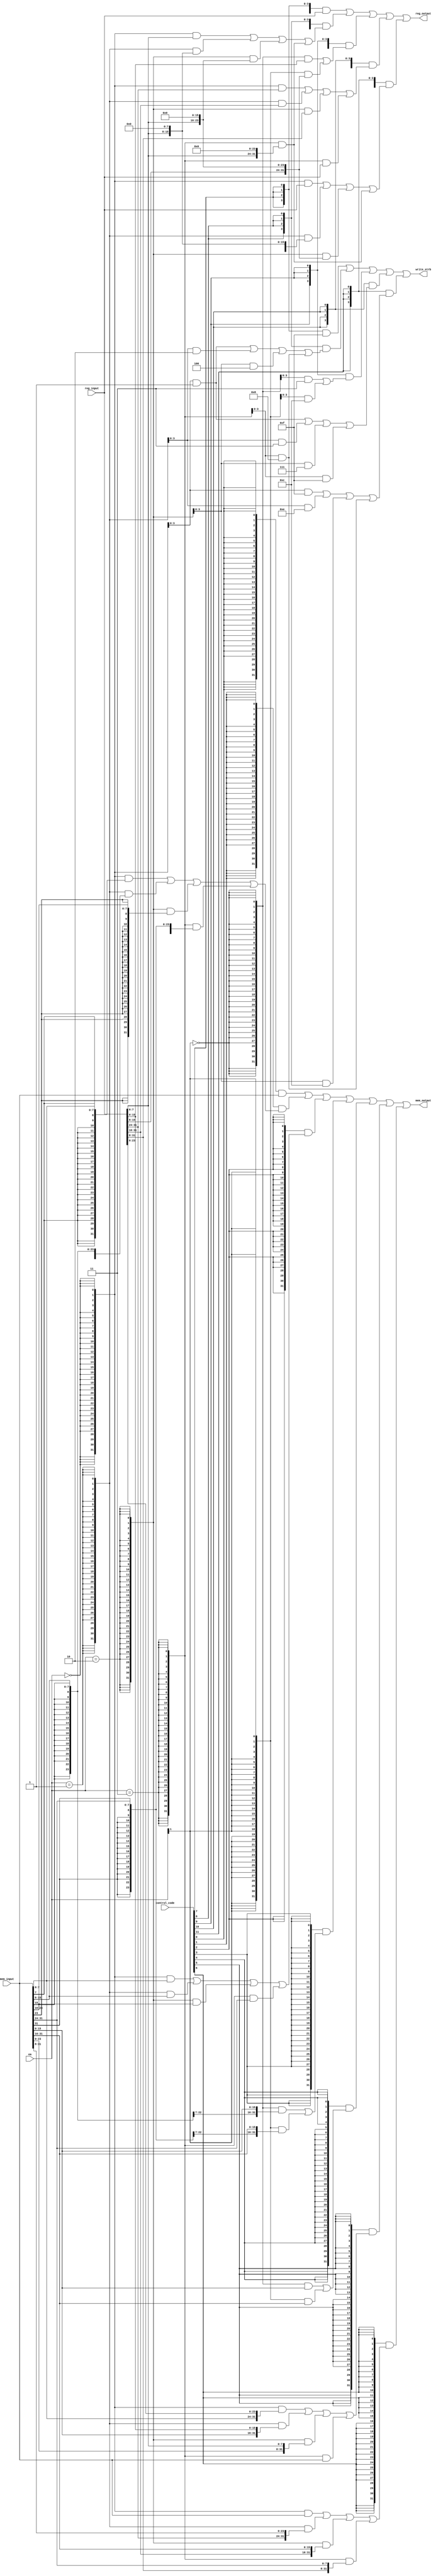
`timescale 10ns / 1ns

module mem_operation(
    input  [11:0]control_code,
    input  [31:0]mem_input,
    input  [31:0]reg_input,
    input  [1 :0]ea,
    output [31:0]mem_output,
    output [31:0]reg_output,
    output [3 :0]write_strb
);

wire [31:0] lw_result ;
wire [31:0] lb_result ;
wire [31:0] lbu_result;
wire [31:0] lh_result ;
wire [31:0] lhu_result;
wire [31:0] lwl_result;
wire [31:0] lwr_result;


assign lw_result  = mem_input;
    
assign lb_result  = ({32{ea==2'b00}} & {{24{mem_input[ 7]}},mem_input[7 : 0]})
                  | ({32{ea==2'b01}} & {{24{mem_input[15]}},mem_input[15: 8]})
                  | ({32{ea==2'b10}} & {{24{mem_input[23]}},mem_input[23:16]})
                  | ({32{ea==2'b11}} & {{24{mem_input[31]}},mem_input[31:24]});

assign lbu_result = ({32{ea==2'b00}} & {{24'd0},mem_input[7 : 0]})
                  | ({32{ea==2'b01}} & {{24'd0},mem_input[15: 8]})
                  | ({32{ea==2'b10}} & {{24'd0},mem_input[23:16]})
                  | ({32{ea==2'b11}} & {{24'd0},mem_input[31:24]});

assign lh_result  = ({32{ea[1]==1'b0}} & {{16{mem_input[15]}},mem_input[15: 0]})               
                  | ({32{ea[1]==1'b1}} & {{16{mem_input[31]}},mem_input[31:16]});

assign lhu_result = ({32{ea[1]==1'b0}} & {{16'd0},mem_input[15: 0]})
                  | ({32{ea[1]==1'b1}} & {{16'd0},mem_input[31:16]});

assign lwl_result = ({32{ea==2'b00}} & {mem_input[ 7: 0],reg_input[23:0]})
                  | ({32{ea==2'b01}} & {mem_input[15: 0],reg_input[15:0]})
                  | ({32{ea==2'b10}} & {mem_input[23: 0],reg_input[7 :0]})
                  | ({32{ea==2'b11}} &  mem_input                        );

assign lwr_result = ({32{ea==2'b00}} &  mem_input                         )
                  | ({32{ea==2'b01}} & {reg_input[31:24],mem_input[31: 8]})
                  | ({32{ea==2'b10}} & {reg_input[31:16],mem_input[31:16]})
                  | ({32{ea==2'b11}} & {reg_input[31: 8],mem_input[31:24]});

assign mem_output = ({32{control_code[0]}} & lw_result )
                  | ({32{control_code[1]}} & lb_result )
                  | ({32{control_code[2]}} & lbu_result)
                  | ({32{control_code[3]}} & lh_result )
                  | ({32{control_code[4]}} & lhu_result)
                  | ({32{control_code[5]}} & lwl_result)
                  | ({32{control_code[6]}} & lwr_result); 

wire [3:0] sw_strb ;
wire [3:0] sb_strb ;
wire [3:0] sh_strb ;
wire [3:0] swl_strb;
wire [3:0] swr_strb;

assign sw_strb  = 4'b1111;

assign sb_strb  = ({4{ea==2'b00}} & 4'b0001)
                | ({4{ea==2'b01}} & 4'b0010)
                | ({4{ea==2'b10}} & 4'b0100)
                | ({4{ea==2'b11}} & 4'b1000);

assign sh_strb  = ({4{ea[1]==1'b0}} & 4'b0011)
                | ({4{ea[1]==1'b1}} & 4'b1100);

assign swl_strb = ({4{ea==2'b00}} & 4'b0001)
                | ({4{ea==2'b01}} & 4'b0011)
                | ({4{ea==2'b10}} & 4'b0111)
                | ({4{ea==2'b11}} & 4'b1111);

assign swr_strb = ({4{ea==2'b00}} & 4'b1111)
                | ({4{ea==2'b01}} & 4'b1110)
                | ({4{ea==2'b10}} & 4'b1100)
                | ({4{ea==2'b11}} & 4'b1000);

assign write_strb = ({4{control_code[ 7]}} & sw_strb )
                  | ({4{control_code[ 8]}} & sb_strb )
                  | ({4{control_code[ 9]}} & sh_strb )
                  | ({4{control_code[10]}} & swl_strb)
                  | ({4{control_code[11]}} & swr_strb);

wire [31:0] sw_result ;
wire [31:0] sb_result ;
wire [31:0] sh_result ;
wire [31:0] swl_result;
wire [31:0] swr_result;

assign sw_result  = reg_input;

assign sb_result  = ({32{ea[1:0]==2'b00}} & {24'd0,reg_input[ 7: 0]      })
                  | ({32{ea[1:0]==2'b01}} & {16'd0,reg_input[ 7: 0], 8'd0})
                  | ({32{ea[1:0]==2'b10}} & { 8'd0,reg_input[ 7: 0],16'd0})
                  | ({32{ea[1:0]==2'b11}} & {      reg_input[ 7: 0],24'd0});

assign sh_result  = ({32{ea[1]==1'b0 }} & {16'd0,reg_input[15: 0]})
                  | ({32{ea[1]==1'b1 }} & {reg_input[15: 0],16'd0});

assign swl_result = ({32{ea[1:0]==2'b00}} & {24'd0,reg_input[31:24]}) 
                  | ({32{ea[1:0]==2'b01}} & {16'd0,reg_input[31:16]}) 
                  | ({32{ea[1:0]==2'b10}} & { 8'd0,reg_input[31: 8]}) 
                  | ({32{ea[1:0]==2'b11}} & {      reg_input[31: 0]});

assign swr_result = ({32{ea[1:0]==2'b00}} & {reg_input[31: 0]      }) 
                  | ({32{ea[1:0]==2'b01}} & {reg_input[23: 0], 8'd0}) 
                  | ({32{ea[1:0]==2'b10}} & {reg_input[15: 0],16'd0})
                  | ({32{ea[1:0]==2'b11}} & {reg_input[ 7: 0],24'd0});

assign reg_output = ({32{control_code[ 7]}} & sw_result )
                  | ({32{control_code[ 8]}} & sb_result )
                  | ({32{control_code[ 9]}} & sh_result )
                  | ({32{control_code[10]}} & swl_result)
                  | ({32{control_code[11]}} & swr_result);


endmodule